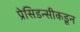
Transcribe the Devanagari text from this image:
प्रेसिडन्सीकडून